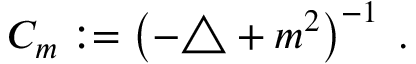
C _ { m } : = \left( - \triangle + m ^ { 2 } \right) ^ { - 1 } \; .